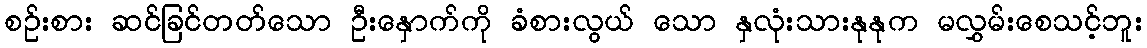
စဉ်းစား ဆင်ခြင်တတ်သော ဦးနှောက်ကို ခံစားလွယ် သော နှလုံးသားနုနုက မလွှမ်းစေသင့်ဘူး